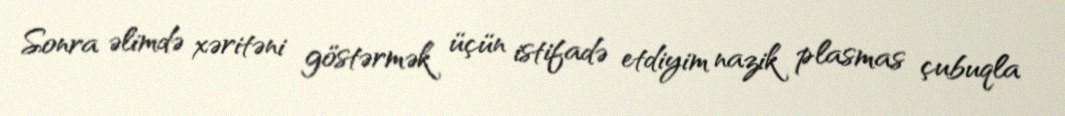
Sonra əlimdə xəritəni göstərmək üçün istifadə etdiyim nazik plasmas çubuqla